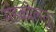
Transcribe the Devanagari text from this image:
मंडकोलतुर